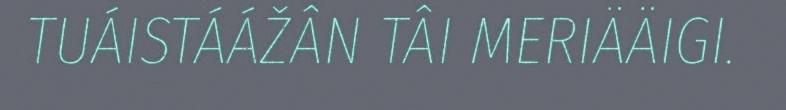
TUÁISTÁÁŽÂN TÂI MERIÄÄIGI.